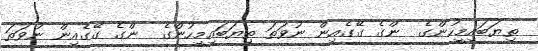
ތިޔަބައިމީހުންގެ  ންގެ ގޭގެއިން ނުވަތަ ތިޔަބައިމީހުންގެ  ންގެ ގޭގެއިން ނުވަތަ